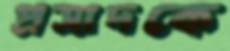
প্রসাদকে